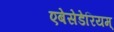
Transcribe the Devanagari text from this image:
एबेसेडेरियम्